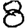
Digit: 8